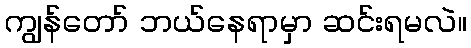
ကျွန်တော် ဘယ်နေရာမှာ ဆင်းရမလဲ။